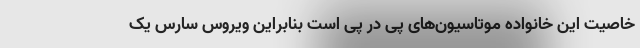
خاصیت این خانواده موتاسیون‌های پی در پی است بنابراین ویروس سارس یک